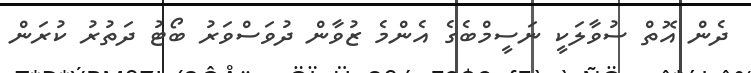
ދެން އޮތް ސުވާލަކީ ނަސީމްބެގެ އެންމެ ޒުވާން ދުވަސްވަރު ބޯޓު ދަތުުރު ކުރަން